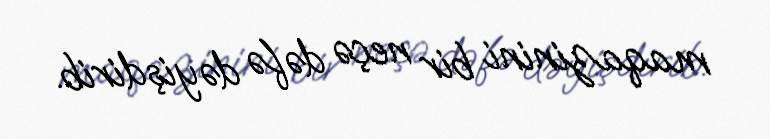
maqazinini bir neçə dəfə dəyişdirib.